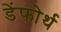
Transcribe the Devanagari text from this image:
डेंफोर्थ